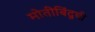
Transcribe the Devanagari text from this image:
मोतीबिंदूची